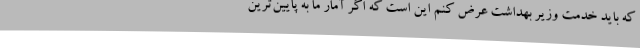
که باید خدمت وزیر بهداشت عرض کنم این است که اگر آمار ما به پایین‌ترین